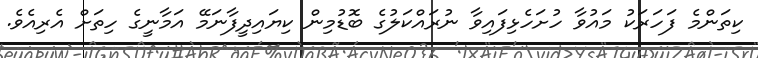
ކިތަންމެ ފަހަރަކު މައުވާ ހުށަހެޅިފައިވާ ނުރައްކަލުގެ ބޮޑުމިން ކިޔައިދީފާނަމޭ އަމާނީގެ ހިތަށް އެރިއެވެ.